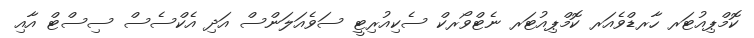
ކޮމްޕިއުޓަރ ހާރޑްވެއަރ ކޮމްޕިއުޓަރ ނެޓްވޯރކް ސެކިއުރިޓީ ސަވެއަލަންސް އަދި އެކްސެސް ސިސްޓް އާއި